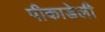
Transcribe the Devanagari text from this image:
पीकाडेली